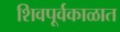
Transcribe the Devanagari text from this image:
शिवपूर्वकाळात